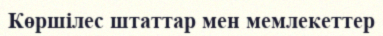
Көршілес штаттар мен мемлекеттер